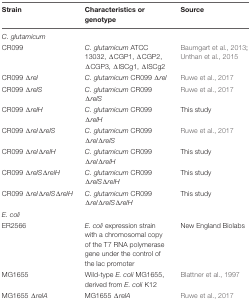
<table><thead><tr><td><b>Strain</b></td><td><b>Characteristics or genotype</b></td><td><b>Source</b></td></tr></thead><tbody><tr><td colspan="3"><i>C. glutamicum</i></td></tr><tr><td>CR099</td><td><i>C. glutamicum</i> ATCC 13032, ΔCGP1, ΔCGP2, ΔCGP3, ΔISCg1, ΔISCg2</td><td>Baumgart et al., 2013; Unthan et al., 2015</td></tr><tr><td>CR099 <i>Δrel</i></td><td><i>C. glutamicum</i> CR099 Δ<i>rel</i></td><td>Ruwe et al., 2017</td></tr><tr><td>CR099 Δ<i>relS</i></td><td><i>C. glutamicum</i> CR099 Δ<i>relS</i></td><td>Ruwe et al., 2017</td></tr><tr><td>CR099 Δ<i>relH</i></td><td><i>C. glutamicum</i> CR099 Δ<i>relH</i></td><td>This study</td></tr><tr><td>CR099 Δ<i>rel</i>Δ<i>relS</i></td><td><i>C. glutamicum</i> CR099 Δ<i>rel</i>Δ<i>relS</i></td><td>Ruwe et al., 2017</td></tr><tr><td>CR099 Δ<i>rel</i>Δ<i>relH</i></td><td><i>C. glutamicum</i> CR099 Δ<i>rel</i>Δ<i>relH</i></td><td>This study</td></tr><tr><td>CR099 Δ<i>relS</i>Δ<i>relH</i></td><td><i>C. glutamicum</i> CR099 Δ<i>relS</i>Δ<i>relH</i></td><td>This study</td></tr><tr><td>CR099 Δ<i>rel</i>Δ<i>relS</i>Δ<i>relH</i></td><td><i>C. glutamicum</i> CR099 Δ<i>rel</i>Δ<i>relS</i>Δ<i>relH</i></td><td>This study</td></tr><tr><td colspan="3"><i>E. coli</i></td></tr><tr><td>ER2566</td><td><i>E. coli</i> expression strain with a chromosomal copy of the T7 RNA polymerase gene under the control of the lac promoter</td><td>New England Biolabs</td></tr><tr><td>MG1655</td><td>Wild-type <i>E. coli</i> MG1655, derived from <i>E. coli</i> K12</td><td>Blattner et al., 1997</td></tr><tr><td>MG1655 Δ<i>relA</i></td><td>MG1655 <i>ΔrelA</i></td><td>Ruwe et al., 2017</td></tr></tbody></table>